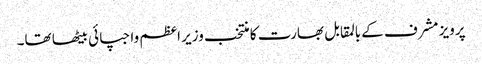
پرویز مشرف کے بالمقابل بھارت کا منتخب وزیر اعظم واجپائی بیٹھا تھا۔